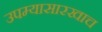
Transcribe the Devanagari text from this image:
उपम्यासारखाच